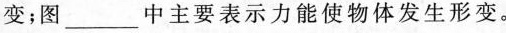
变；图___中主要表示力能使物体发生形变。